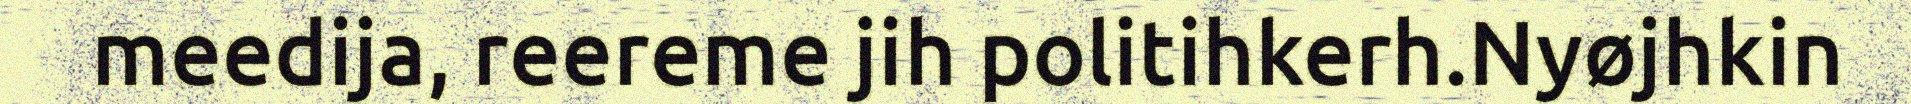
meedija, reereme jih politihkerh.Nyøjhkin